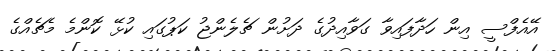
އޭއެފްސީ އިން ހަދާފައިވާ ގަވާއިދުގެ ދަށުން ޗެލެންޖު ކަޕުގައި ކުޅޭ ކޮންމެ މެޗެއްގެ